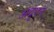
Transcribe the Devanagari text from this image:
अदृएन